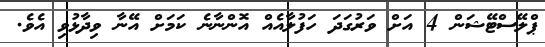
ޕްލޭސްޓޭޝަން 4 އަށް ވަރުގަދަ ހަފުލާއެއް އޮންނާނެ ކަމަށް އޭނާ ވިދާޅުވި އެވެ.